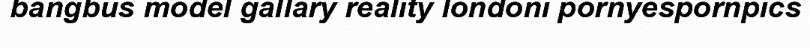
bangbus model gallary reality londoni pornyespornpics